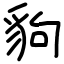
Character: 豿